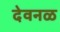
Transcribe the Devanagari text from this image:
देवनळ